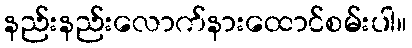
နည်းနည်းလောက်နားထောင်စမ်းပါ။